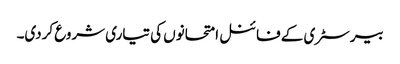
بیرسٹری کے فائنل امتحانوں کی تیاری شروع کردی۔